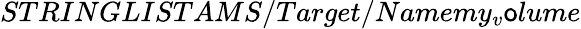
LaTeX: STRINGLISTAMS/Target/Namemy_{v}\mathsf{o}lume